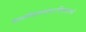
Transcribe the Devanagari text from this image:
बल्लवीवल्लभायाऽर्चितायात्मने